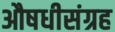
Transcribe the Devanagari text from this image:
औषधीसंग्रह